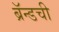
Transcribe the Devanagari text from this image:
ब्रॅन्डची